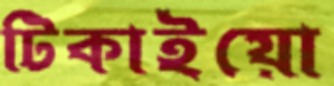
টিকাইয়ো